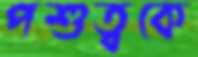
পশুত্বকে